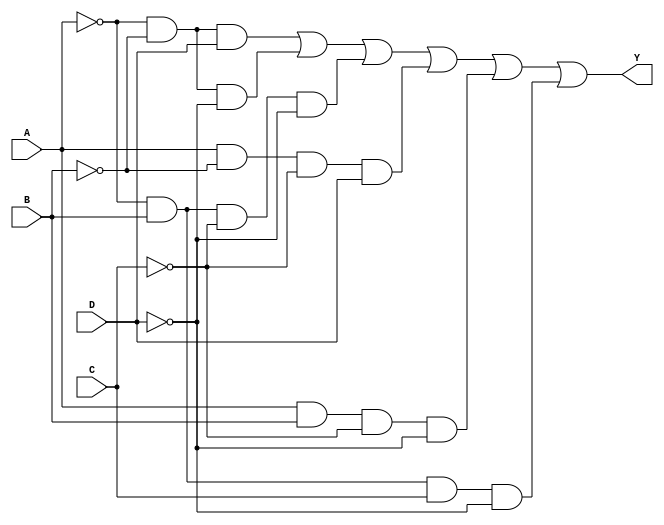
module four_variable_kmap (
    input wire A,  // Input variable A
    input wire B,  // Input variable B
    input wire C,  // Input variable C
    input wire D,  // Input variable D
    output wire Y  // Output variable Y
);

// Combinational logic for the K-map output
assign Y = (~A & ~B & D) | (~A & ~B & ~D) | (~A & B & ~C & ~D) |
           (A & ~B & ~C & D) | (A & B & ~C & ~D) | (~A & B & C & ~D);

endmodule